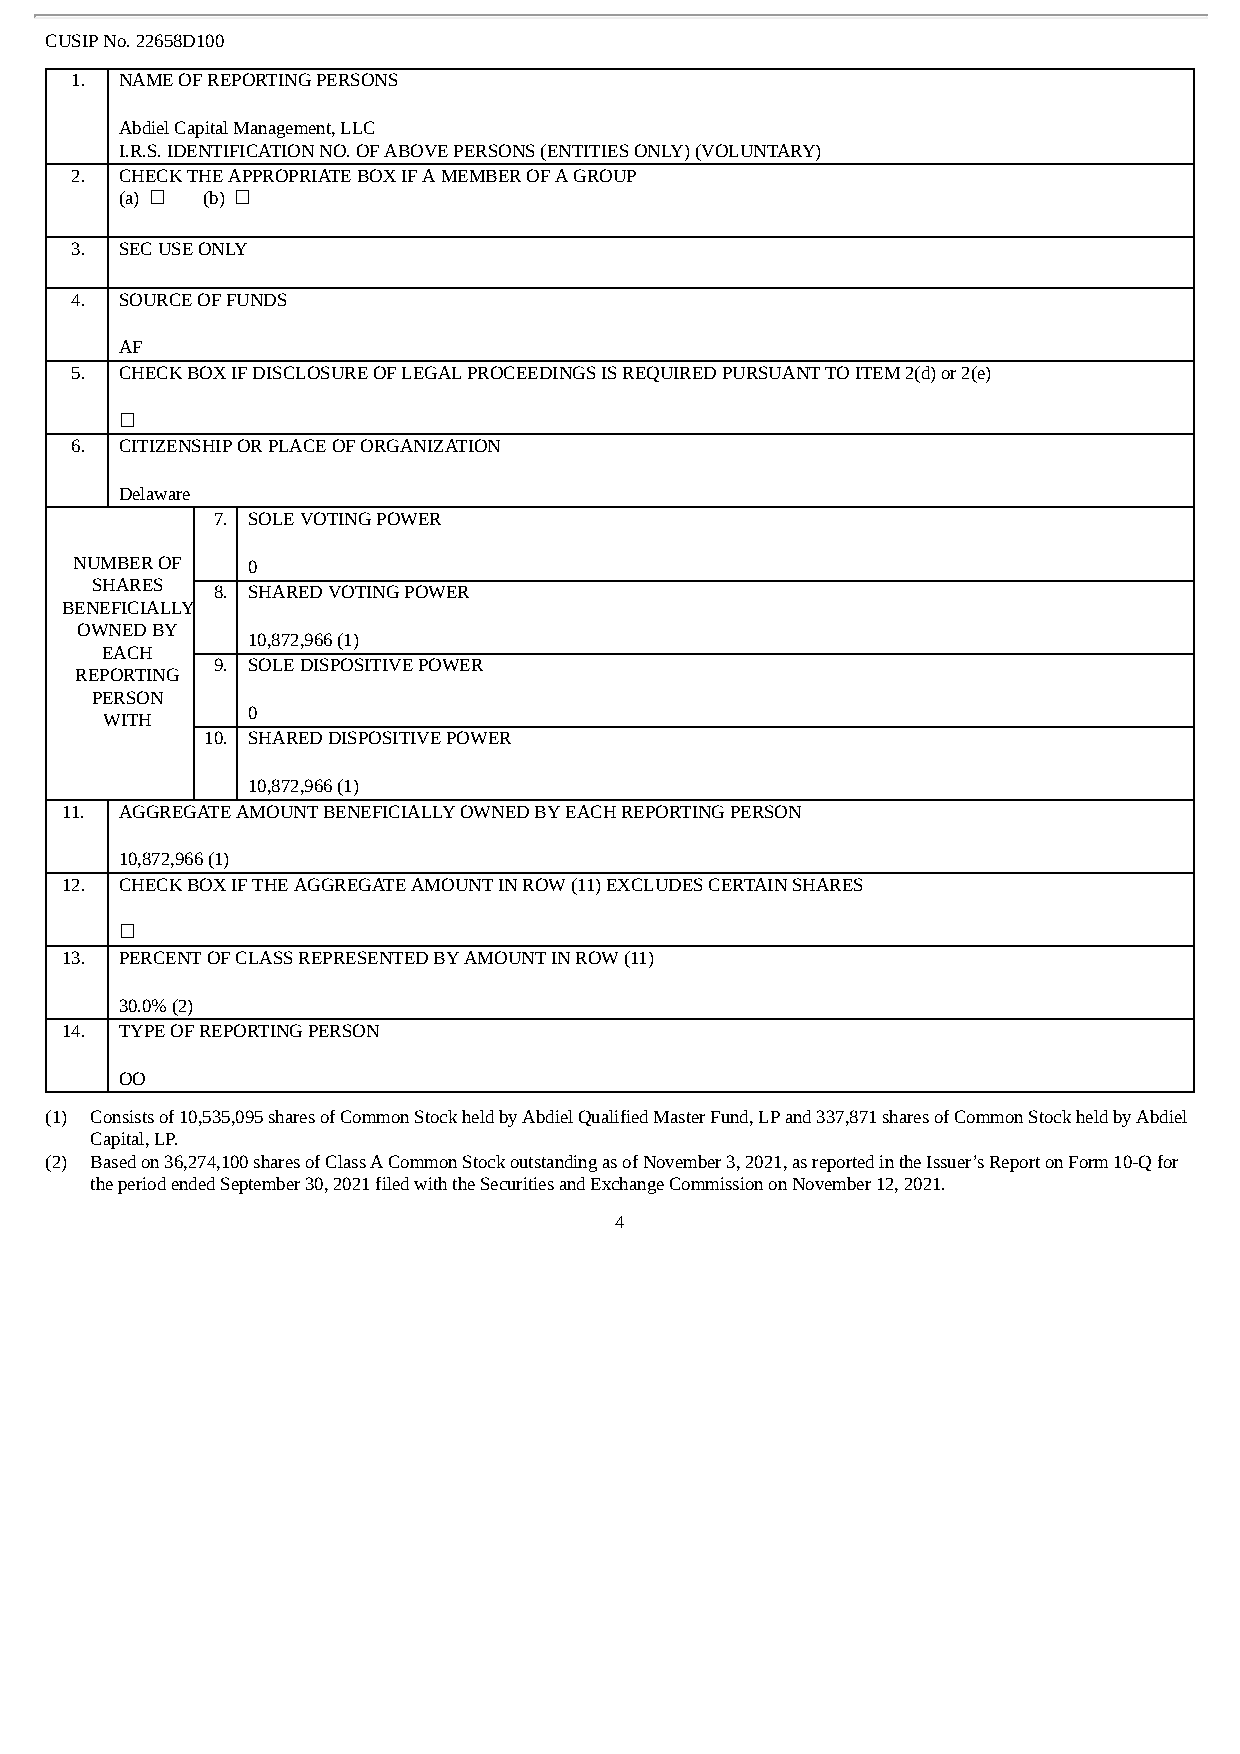
CUSIP No. 22658D100
 1. NAME OF REPORTING PERSONS
 Abdiel Capital Management, LLC
 I.R.S. IDENTIFICATION NO. OF ABOVE PERSONS (ENTITIES ONLY) (VOLUNTARY)
 2. CHECK THE APPROPRIATE BOX IF A MEMBER OF A GROUP
 (a) ☐ (b) ☐
 3. SEC USE ONLY
 4. SOURCE OF FUNDS
 AF
 5. CHECK BOX IF DISCLOSURE OF LEGAL PROCEEDINGS IS REQUIRED PURSUANT TO ITEM 2(d) or 2(e)
 ☐
 6. CITIZENSHIP OR PLACE OF ORGANIZATION
 Delaware
 7. SOLE VOTING POWER
 NUMBER OF  0
 SHARES
 8. SHARED VOTING POWER
 BENEFICIALLY
 OWNED BY
 10,872,966 (1)
 EACH
 9. SOLE DISPOSITIVE POWER
 REPORTING
 PERSON
 WITH
 0
 10. SHARED DISPOSITIVE POWER
 10,872,966 (1)
 11. AGGREGATE AMOUNT BENEFICIALLY OWNED BY EACH REPORTING PERSON
 10,872,966 (1)
 12. CHECK BOX IF THE AGGREGATE AMOUNT IN ROW (11) EXCLUDES CERTAIN SHARES
 ☐
 13. PERCENT OF CLASS REPRESENTED BY AMOUNT IN ROW (11)
 30.0% (2)
 14. TYPE OF REPORTING PERSON
 OO
 (1) Consists of 10,535,095 shares of Common Stock held by Abdiel Qualified Master Fund, LP and 337,871 shares of Common Stock held by Abdiel
 Capital, LP.
 (2) Based on 36,274,100 shares of Class A Common Stock outstanding as of November 3, 2021, as reported in the Issuer’s Report on Form 10-Q for
 the period ended September 30, 2021 filed with the Securities and Exchange Commission on November 12, 2021.
 4